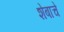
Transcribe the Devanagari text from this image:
शेबाचे